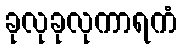
ခုလုခုလုကာရကံ